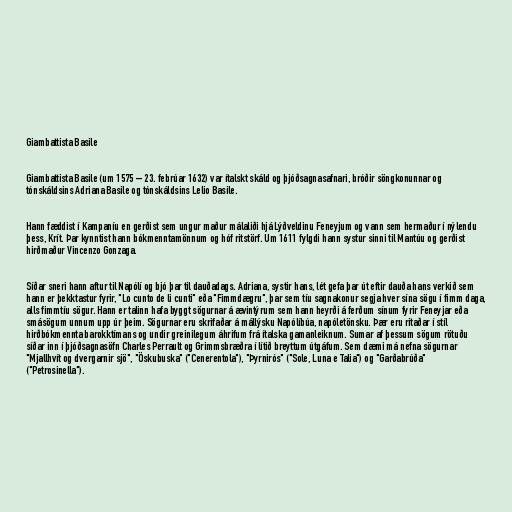
Giambattista Basile

Giambattista Basile (um 1575 – 23. febrúar 1632) var ítalskt skáld og þjóðsagnasafnari, bróðir söngkonunnar og
tónskáldsins Adriana Basile og tónskáldsins Lelio Basile.

Hann fæddist í Kampaníu en gerðist sem ungur maður málaliði hjá Lýðveldinu Feneyjum og vann sem hermaður í nýlendu
þess, Krít. Þar kynntist hann bókmenntamönnum og hóf ritstörf. Um 1611 fylgdi hann systur sinni til Mantúu og gerðist
hirðmaður Vincenzo Gonzaga.

Síðar sneri hann aftur til Napólí og bjó þar til dauðadags. Adriana, systir hans, lét gefa þar út eftir dauða hans verkið sem
hann er þekktastur fyrir, "Lo cunto de li cunti" eða "Fimmdægru", þar sem tíu sagnakonur segja hver sína sögu í fimm daga,
alls fimmtíu sögur. Hann er talinn hafa byggt sögurnar á ævintýrum sem hann heyrði á ferðum sínum fyrir Feneyjar eða
smásögum unnum upp úr þeim. Sögurnar eru skrifaðar á mállýsku Napólíbúa, napóletönsku. Þær eru ritaðar í stíl
hirðbókmennta barokktímans og undir greinilegum áhrifum frá ítalska gamanleiknum. Sumar af þessum sögum rötuðu
síðar inn í þjóðsagnasöfn Charles Perrault og Grimmsbræðra í lítið breyttum útgáfum. Sem dæmi má nefna sögurnar
"Mjallhvít og dvergarnir sjö", "Öskubuska" ("Cenerentola"), "Þyrnirós" ("Sole, Luna e Talia") og "Garðabrúða"
("Petrosinella").